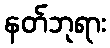
နတ်ဘုရား